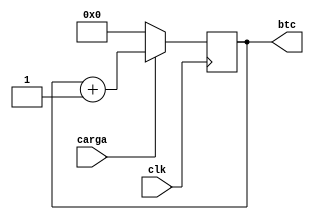
`timescale 1ns / 1ps
//////////////////////////////////////////////////////////////////////////////////
// Company: 
// Engineer: 
// 
// Design Name: 
// Module Name: contador
// Project Name: 
// Target Devices: 
// Tool Versions: 
// Description: 
// 
// Dependencies: 
// 
// Revision:
// Revision 0.01 - File Created
// Additional Comments:
// 
//////////////////////////////////////////////////////////////////////////////////


module contador(
    input wire clk,// reloj de entrada del divisor
    input wire carga,
    output wire [5:0] btc
     );
reg [5:0] dato = 0;
always @(posedge clk)
    if (carga==0)
     dato <= 0;
     else
       dato <= dato + 1;
       
 assign btc=dato;
 
endmodule